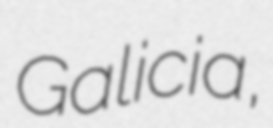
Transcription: Galicia,